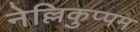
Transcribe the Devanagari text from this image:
नेल्लिकुप्पम